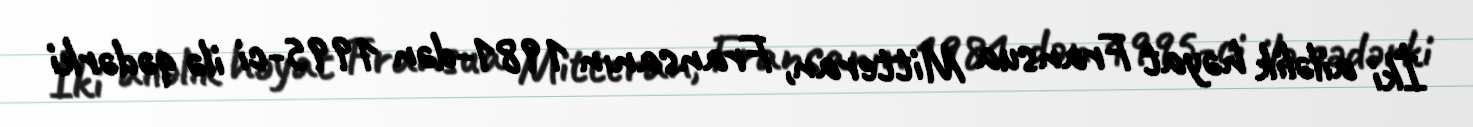
İki ailəlik həyat Fransua Mitteran, Fransanın 1981-dən 1995-ci ilə qədərki